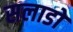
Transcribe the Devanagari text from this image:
सलाडो